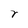
Character: r